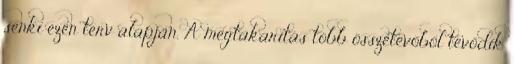
senki ezen terv alapján. A megtakarítás több összetevőből tevődik